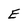
Character: E